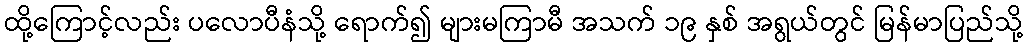
ထို့ကြောင့်လည်း ပလောပီနံသို့ ရောက်၍ များမကြာမီ အသက် ၁၉ နှစ် အရွယ်တွင် မြန်မာပြည်သို့